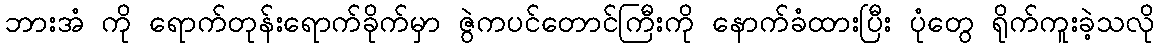
ဘားအံ ကို ရောက်တုန်းရောက်ခိုက်မှာ ဇွဲကပင်တောင်ကြီးကို နောက်ခံထားပြီး ပုံတွေ ရိုက်ကူးခဲ့သလို